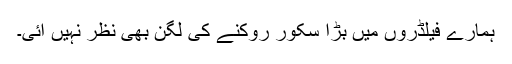
ہمارے فیلڈروں میں بڑا سکور روکنے کی لگن بھی نظر نہیں آئی۔